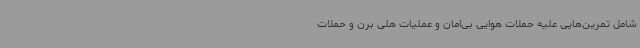
شامل تمرین‌هایی علیه حملات هوایی بی‌امان و عملیات هلی برن و حملات